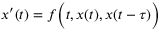
x ^ { \prime } ( t ) = f { \biggl ( } t , x ( t ) , x ( t - \tau ) { \biggr ) }